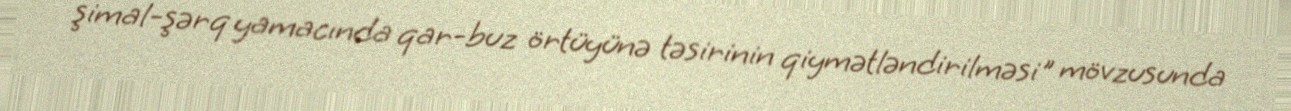
şimal-şərq yamacında qar-buz örtüyünə təsirinin qiymətləndirilməsi" mövzusunda